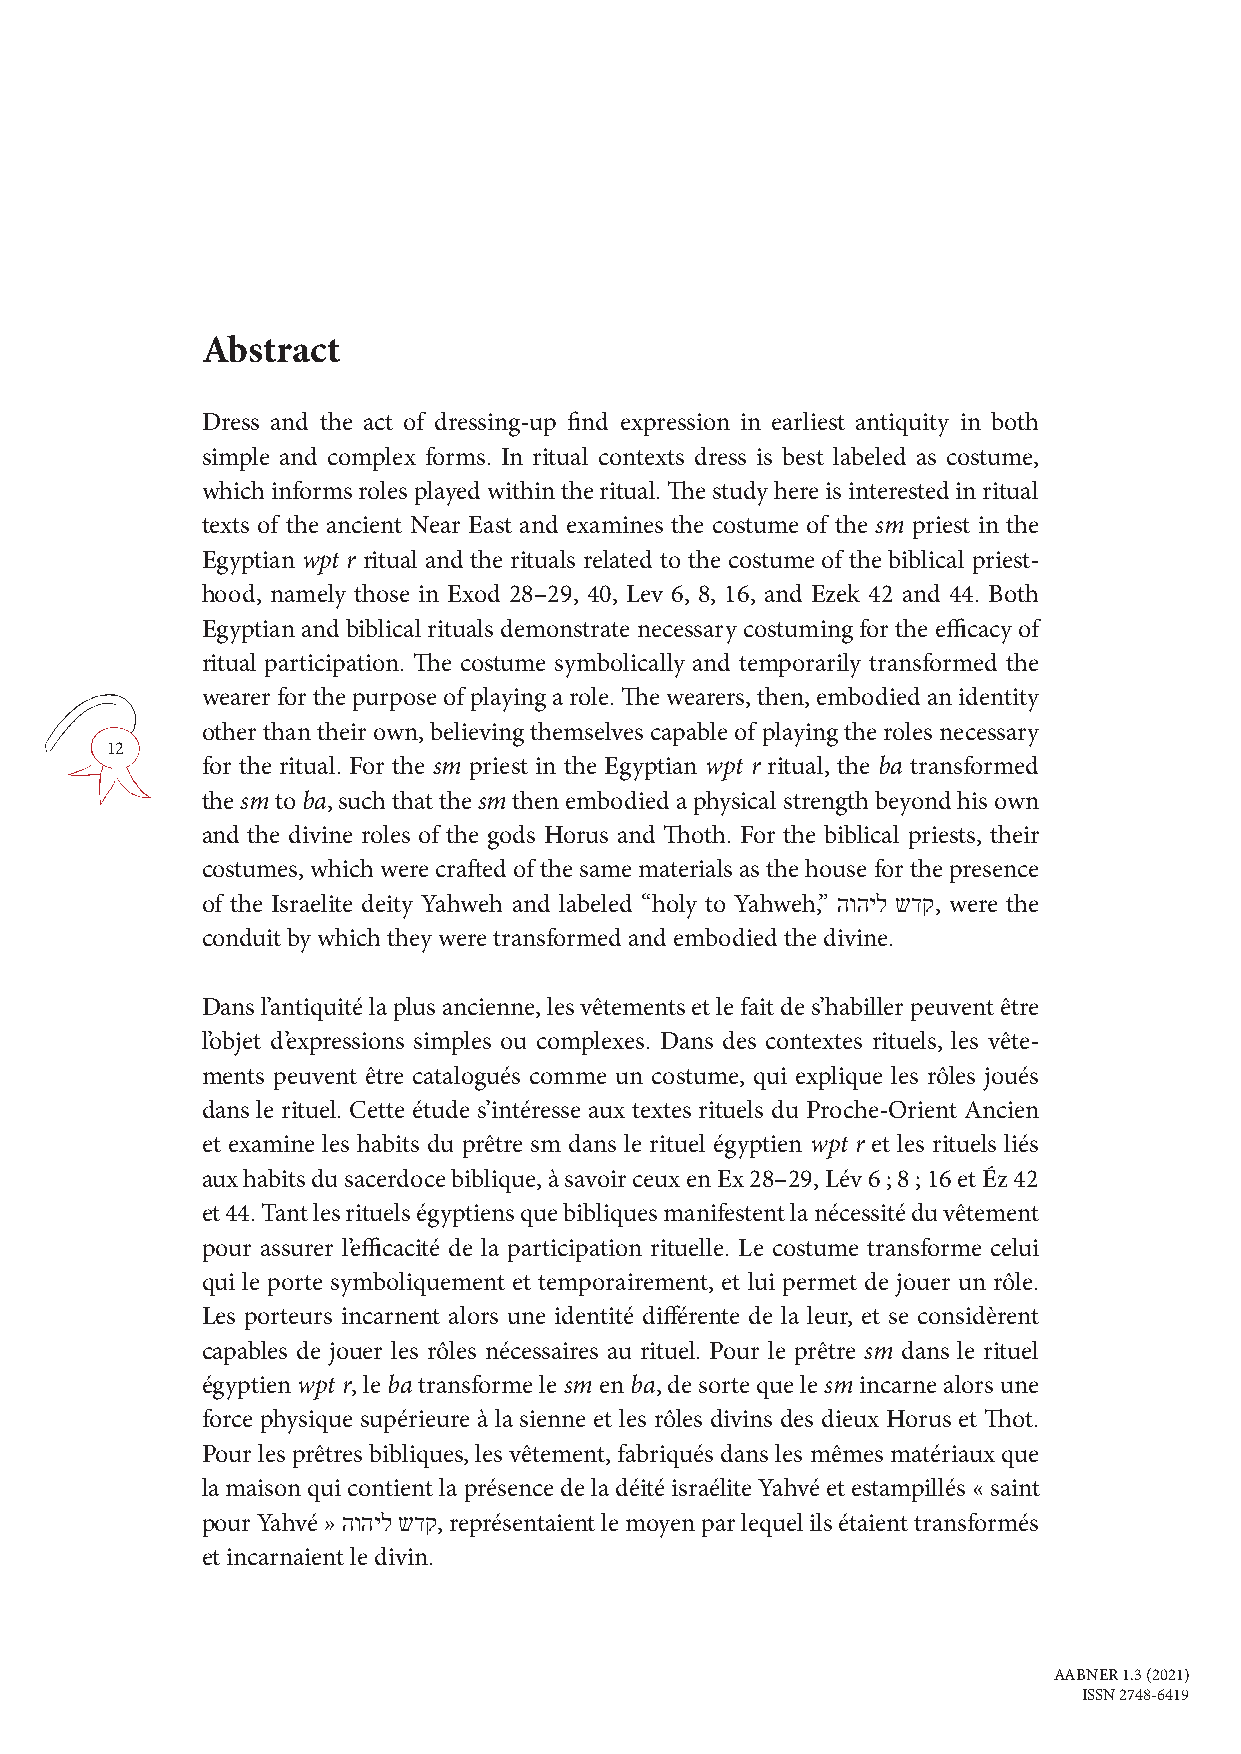
Abstract
 Dress and the act of dressing-up find expression in earliest antiquity in both
 simple and complex forms. In ritual contexts dress is best labeled as costume,
 which informs roles played within the ritual. The study here is interested in ritual
 texts of the ancient Near East and examines the costume of the sm priest in the
 Egyptian wpt r ritual and the rituals related to the costume of the biblical priest-
 hood, namely those in Exod 28–29, 40, Lev 6, 8, 16, and Ezek 42 and 44. Both
 Egyptian and biblical rituals demonstrate necessary costuming for the efficacy of
 ritual participation. The costume symbolically and temporarily transformed the
 wearer for the purpose of playing a role. The wearers, then, embodied an identity
 other than their own, believing themselves capable of playing the roles necessary
 12
 for the ritual. For the sm priest in the Egyptian wpt r ritual, the ba transformed
 the sm to ba, such that the sm then embodied a physical strength beyond his own
 and the divine roles of the gods Horus and Thoth. For the biblical priests, their
 costumes, which were crafted of the same materials as the house for the presence
 of the Israelite deity Yahweh and labeled “holy to Yahweh,” הוהיל שדק, were the
 conduit by which they were transformed and embodied the divine.
 Dans l’antiquité la plus ancienne, les vêtements et le fait de s’habiller peuvent être
 l’objet d’expressions simples ou complexes. Dans des contextes rituels, les vête-
 ments peuvent être catalogués comme un costume, qui explique les rôles joués
 dans le rituel. Cette étude s’intéresse aux textes rituels du Proche-Orient Ancien
 et examine les habits du prêtre sm dans le rituel égyptien wpt r et les rituels liés
 aux habits du sacerdoce biblique, à savoir ceux en Ex 28–29, Lév 6 ; 8 ; 16 et Éz 42
 et 44. Tant les rituels égyptiens que bibliques manifestent la nécessité du vêtement
 pour assurer l’efficacité de la participation rituelle. Le costume transforme celui
 qui le porte symboliquement et temporairement, et lui permet de jouer un rôle.
 Les porteurs incarnent alors une identité différente de la leur, et se considèrent
 capables de jouer les rôles nécessaires au rituel. Pour le prêtre sm dans le rituel
 égyptien wpt r, le ba transforme le sm en ba, de sorte que le sm incarne alors une
 force physique supérieure à la sienne et les rôles divins des dieux Horus et Thot.
 Pour les prêtres bibliques, les vêtement, fabriqués dans les mêmes matériaux que
 la maison qui contient la présence de la déité israélite Yahvé et estampillés « saint
 pour Yahvé » הוהיל שדק, représentaient le moyen par lequel ils étaient transformés
 et incarnaient le divin.
 AABNER 1.3 (2021)
 ISSN 2748-6419